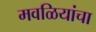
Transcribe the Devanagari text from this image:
मवळियांचा